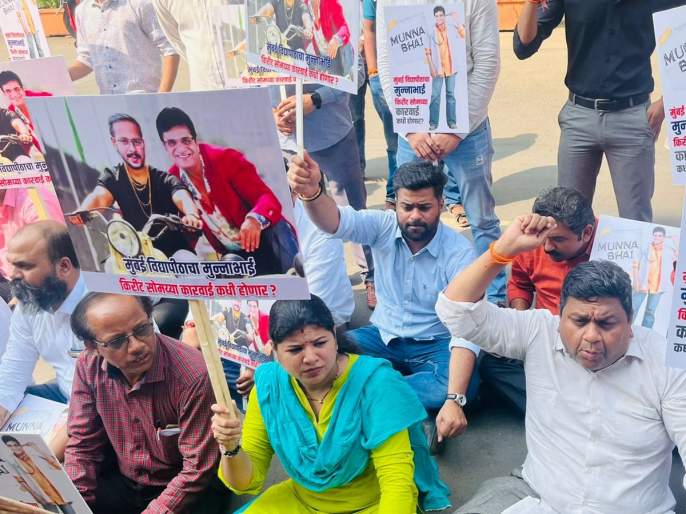
Language: marathi
Transcription: किरीट सोमय्या कारवाई मुंबई विद्यापीठाचा कधी मुन्नाभाई कारवाई होणार?